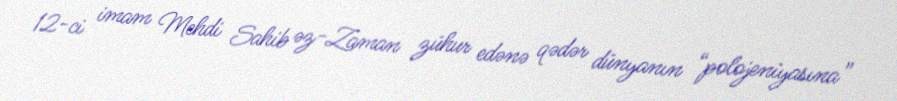
12-ci imam Mehdi Sahib əz-Zaman zühur edənə qədər dünyanın “polojeniyasına”